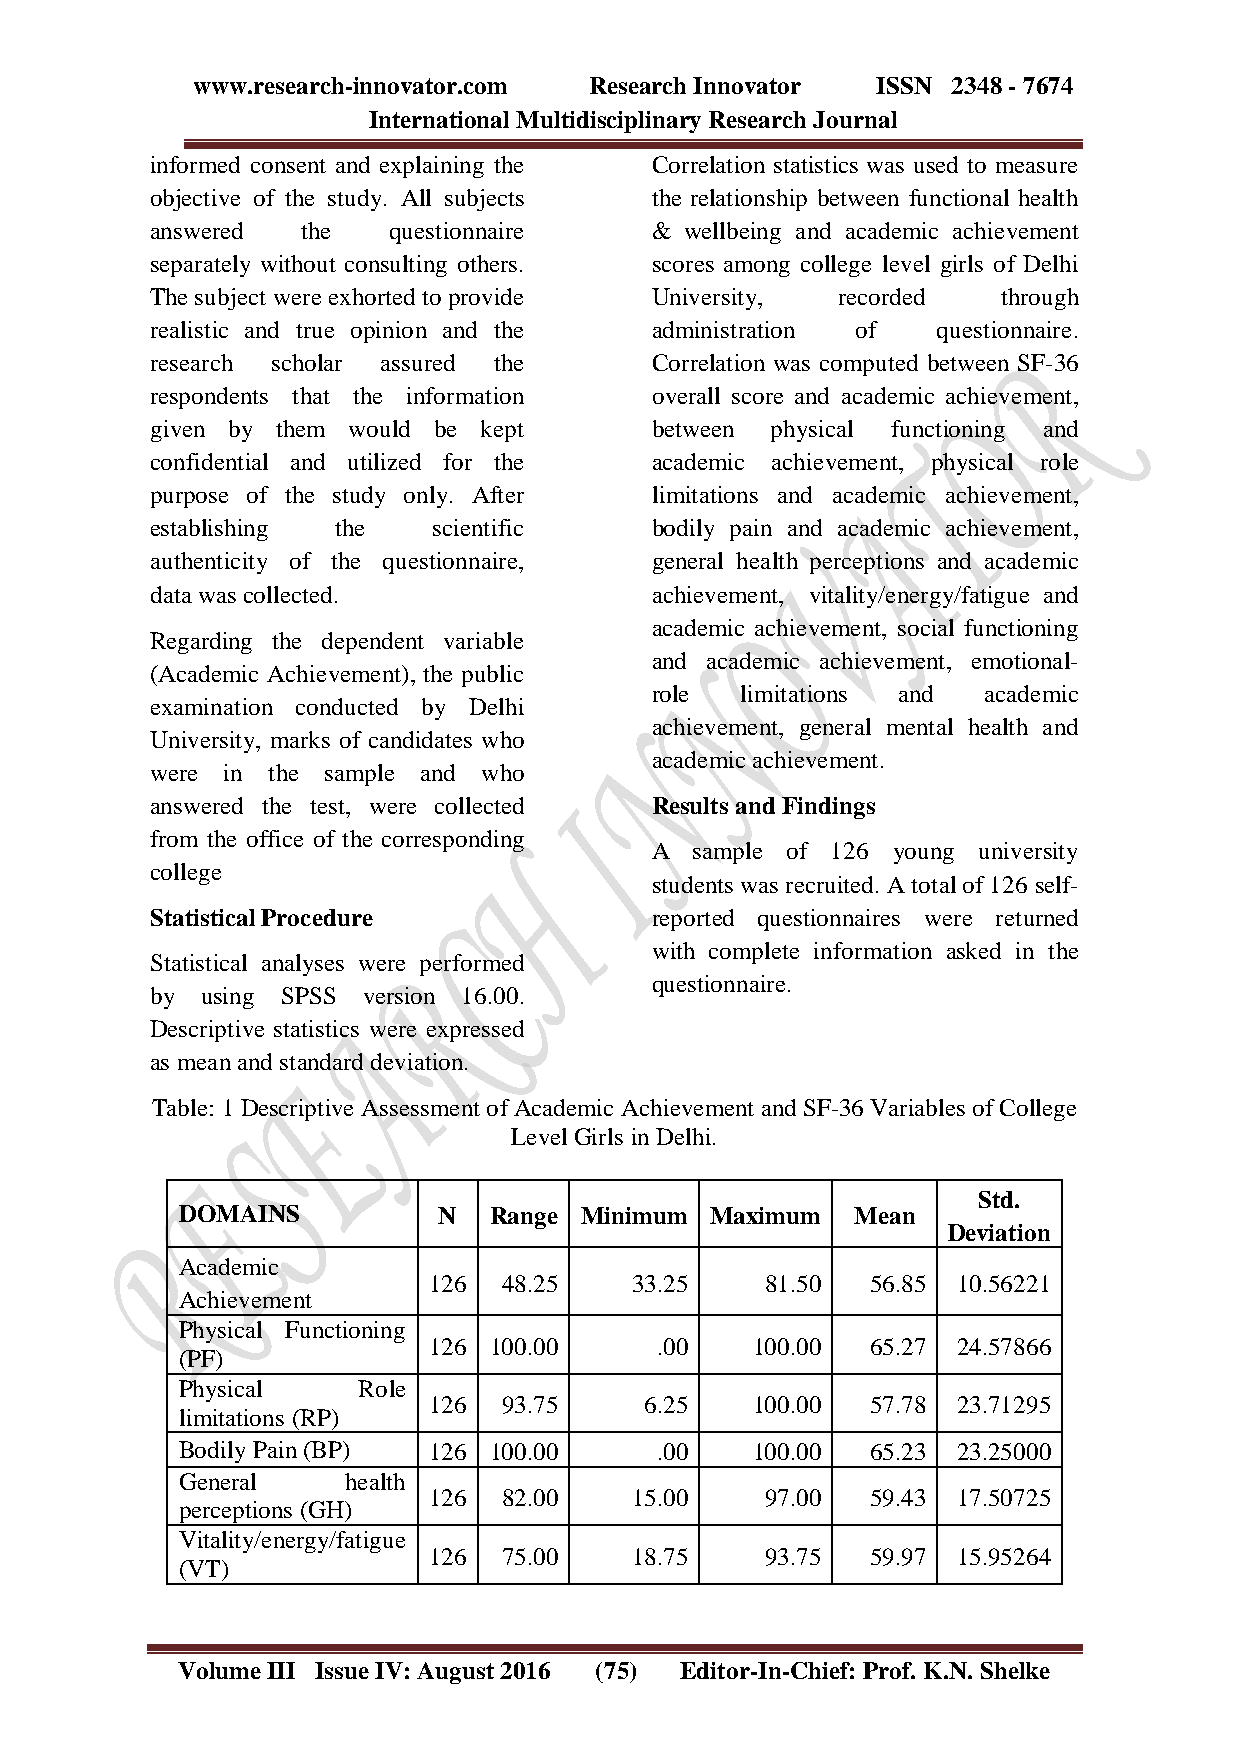
www.research-innovator.com Research Innovator ISSN 2348 - 7674
 International Multidisciplinary Research Journal
 informed consent and explaining the Correlation statistics was used to measure
 objective of the study. All subjects the relationship between functional health
 answered  the   questionnaire    & wellbeing and academic achievement
 separately without consulting others. scores among college level girls of Delhi
 The subject were exhorted to provide University, recorded through
 realistic and true opinion and the administration of questionnaire.
 research scholar assured the     Correlation was computed between SF-36
 respondents that the information overall score and academic achievement,
 given by them would be kept      between physical functioning and
 confidential and utilized for the academic achievement, physical role
 purpose of the study only. After limitations and academic achievement,
 establishing the   scientific    bodily pain and academic achievement,
 authenticity of the questionnaire, general health perceptions and academic
 data was collected.              achievement, vitality/energy/fatigue and
 academic achievement, social functioning
 Regarding the dependent variable
 and academic achievement, emotional-
 (Academic Achievement), the public
 role  limitations and academic
 examination conducted by Delhi
 achievement, general mental health and
 University, marks of candidates who
 academic achievement.
 were in the sample and who
 answered the test, were collected Results and Findings
 from the office of the corresponding
 A  sample of 126 young university
 college
 students was recruited. A total of 126 self-
 Statistical Procedure            reported questionnaires were returned
 with complete information asked in the
 Statistical analyses were performed
 questionnaire.
 by using SPSS version 16.00.
 Descriptive statistics were expressed
 as mean and standard deviation.
 Table: 1 Descriptive Assessment of Academic Achievement and SF-36 Variables of College
 Level Girls in Delhi.
 Std.
 DOMAINS          N  Range Minimum  Maximum  Mean
 Deviation
 Academic
 126  48.25    33.25    81.50  56.85 10.56221
 Achievement
 Physical Functioning
 126 100.00     .00    100.00  65.27 24.57866
 (PF)
 Physical    Role
 126  93.75     6.25   100.00  57.78 23.71295
 limitations (RP)
 Bodily Pain (BP) 126 100.00    .00    100.00  65.23 23.25000
 General    health
 126  82.00    15.00    97.00  59.43 17.50725
 p erceptions (GH)
 Vitality/energy/fatigue
 126  75.00    18.75    93.75  59.97 15.95264
 (VT)
 Volume III Issue IV: August 2016 (75) Editor-In-Chief: Prof. K.N. Shelke